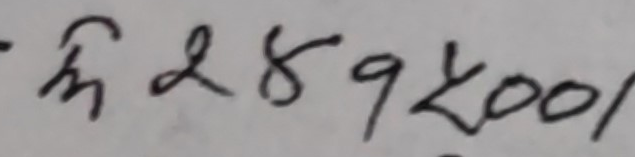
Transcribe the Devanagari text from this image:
दि289५00/